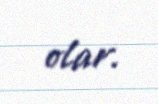
olar.